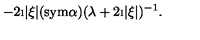
- 2 \i | \xi | ( \mathrm { s y m } \alpha ) ( \lambda + 2 \i | \xi | ) ^ { - 1 } .